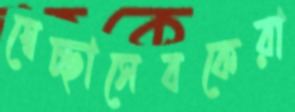
স্বেচ্ছাসেবকেরা